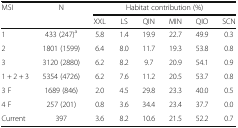
| <ROWSPAN=2> MSI | <ROWSPAN=2> N | <COLSPAN=6> Habitat contribution (%) |
 | XXL | LS | QIN | MIN | QIO | SCN |
 | --- | --- | --- | --- | --- | --- | --- | --- |
 | 1 | 433 (247)a | 5.8 | 1.4 | 19.9 | 22.7 | 49.9 | 0.3 |
 | 2 | 1801 (1599) | 6.4 | 8.0 | 11.7 | 19.3 | 53.8 | 0.8 |
 | 3 | 3120 (2880) | 6.2 | 8.2 | 9.7 | 20.9 | 54.1 | 0.9 |
 | 1 + 2 + 3 | 5354 (4726) | 6.2 | 7.6 | 11.2 | 20.5 | 53.7 | 0.8 |
 | 3 F | 1689 (846) | 2.0 | 4.5 | 29.8 | 23.3 | 40.0 | 0.5 |
 | 4 F | 257 (201) | 0.8 | 3.6 | 34.4 | 23.4 | 37.7 | 0.0 |
 | Current | 397 | 3.6 | 8.2 | 10.6 | 21.5 | 52.2 | 0.7 |